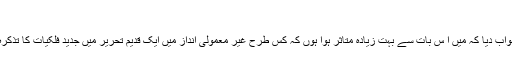
)
انہوں نے جواب دیا کہ میں ا س بات سے بہت زیادہ متاثر ہوا ہوں کہ کس طرح غیر معمولی انداز میں ایک قدیم تحریر میں جدید فلکیات کا تذکرہ موجودہے۔